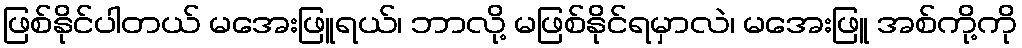
ဖြစ်နိုင်ပါတယ် မအေးဖြူရယ်၊ ဘာလို့ မဖြစ်နိုင်ရမှာလဲ၊ မအေးဖြူ အစ်ကို့ကို